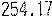
254.17